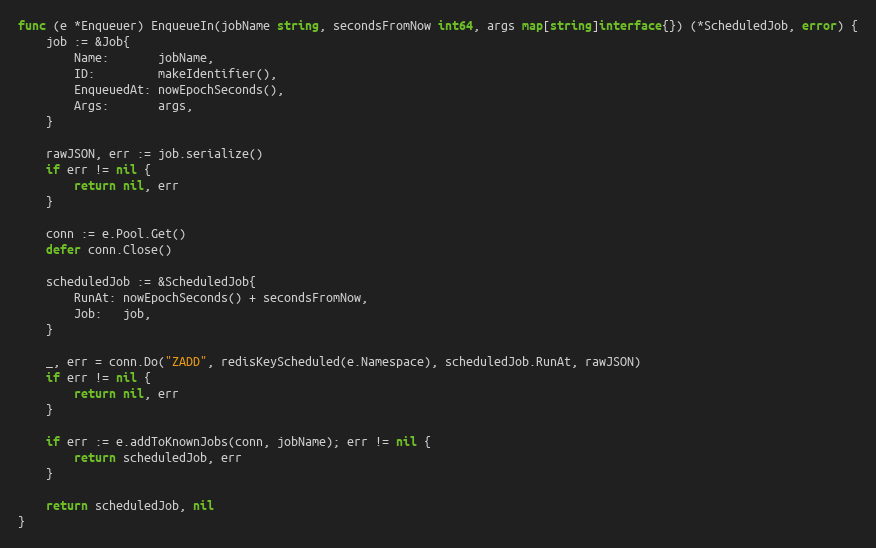
Language: Go
func (e *Enqueuer) EnqueueIn(jobName string, secondsFromNow int64, args map[string]interface{}) (*ScheduledJob, error) {
	job := &Job{
		Name:       jobName,
		ID:         makeIdentifier(),
		EnqueuedAt: nowEpochSeconds(),
		Args:       args,
	}

	rawJSON, err := job.serialize()
	if err != nil {
		return nil, err
	}

	conn := e.Pool.Get()
	defer conn.Close()

	scheduledJob := &ScheduledJob{
		RunAt: nowEpochSeconds() + secondsFromNow,
		Job:   job,
	}

	_, err = conn.Do("ZADD", redisKeyScheduled(e.Namespace), scheduledJob.RunAt, rawJSON)
	if err != nil {
		return nil, err
	}

	if err := e.addToKnownJobs(conn, jobName); err != nil {
		return scheduledJob, err
	}

	return scheduledJob, nil
}